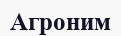
Агроним